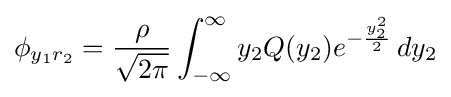
\phi _{y_{1}r_{2}}={\frac {\rho }{\sqrt {2\pi }}}\int _{-\infty }^{\infty }y_{2}Q(y_{2})e^{-{\frac {y_{2}^{2}}{2}}}\,dy_{2}